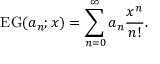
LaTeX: \operatorname { E G } ( a _ { n } ; x ) = \sum _ { n = 0 } ^ { \infty } a _ { n } { \frac { x ^ { n } } { n ! } } .